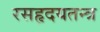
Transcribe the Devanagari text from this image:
रसहृदयतन्त्र